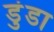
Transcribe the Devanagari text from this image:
डुंडा